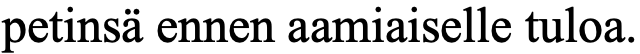
petinsä ennen aamiaiselle tuloa.